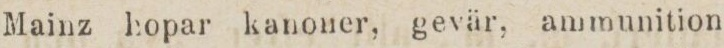
Mainz hopar kanoner, gevär, ammunition